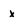
Character: x